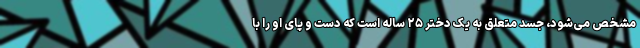
مشخص می‌شود، جسد متعلق به یک دختر ۲۵ ساله است که دست و پای او را با